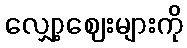
လျှော့ဈေးများကို